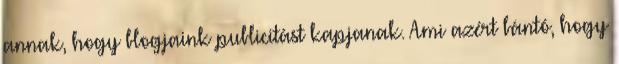
annak, hogy blogjaink publicitást kapjanak. Ami azért bántó, hogy